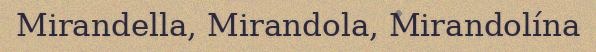
Mirandella, Mirandola, Mirandolína